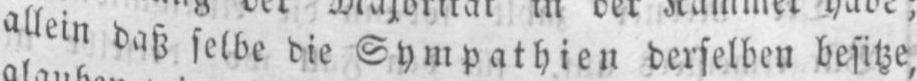
alleindaß selbe die Sympathien derselben besitze,